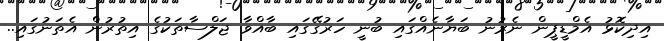
އިދިކޮޅު އެމްޑީޕީން ނެރުނު ބަޔާނެއްގައި ބުނީ ހަރުގޭގައި ބާއްވާ ޖަލްސާތަކުގެ އިތުރުން އެތަނުގައި..